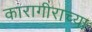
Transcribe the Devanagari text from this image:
कारागीराच्या